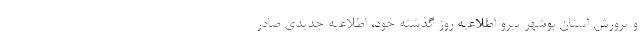
و پرورش استان بوشهر پیرو اطلاعیه روز گذشته خود، اطلاعیه جدیدی صادر